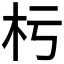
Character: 𣏓